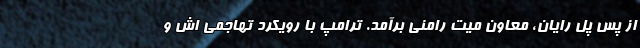
از پس پل رایان، معاون میت رامنی برآمد. ترامپ با رویکرد تهاجمی اش و